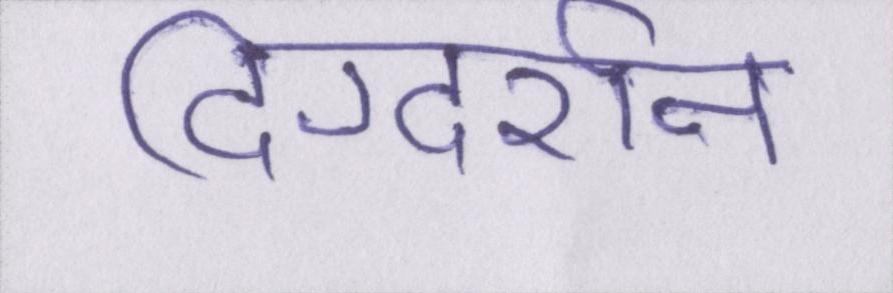
दिग्दर्शन